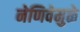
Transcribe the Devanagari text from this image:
नेणिवेमुळे